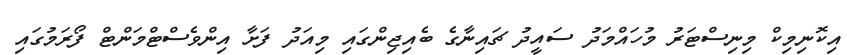
އިކޮނިމިކް މިނިސްޓަރު މުހައްމަދު ސައީދު ޗައިނާގެ ބެއިޖިންގައި މިއަދު ފަށާ އިންވެސްޓްމަންޓް ފޯރަމުގައި